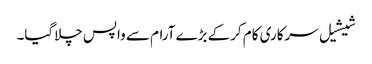
شیشیل سرکاری کام کرکے بڑے آرام سے واپس چلاگیا۔